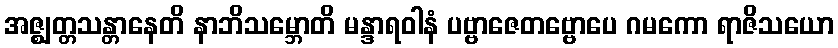
အဇ္ဈတ္တသန္တာနေတိ နာဘိသမ္ဘောတိ မန္ဒာရဝါနံ ပဗ္ဗာဇေတဗ္ဗောပေ ဂမကော ရာဇိသယော